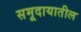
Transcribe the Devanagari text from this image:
समूदायातील